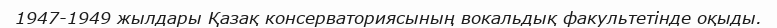
1947-1949 жылдары Қазақ консерваториясының вокальдық факультетінде оқыды.